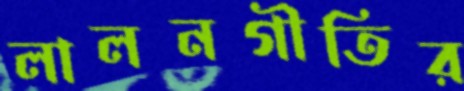
লালনগীতির